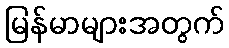
မြန်မာများအတွက်